Civil Veterinary Dept. North-West Frontier Province 1901-22 - 1901-1922
Year: 1901
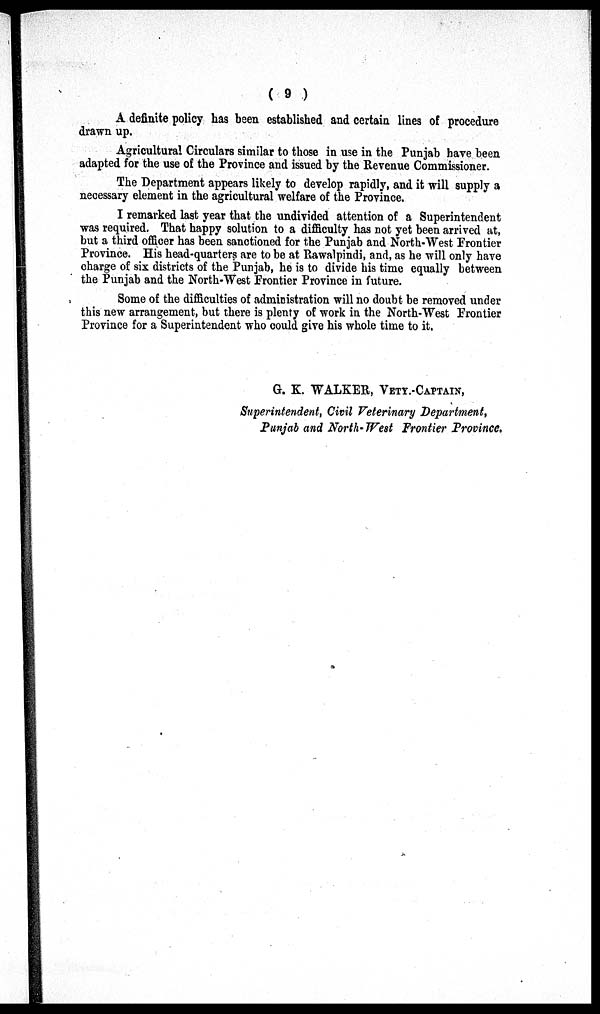
( 9 )
A definite policy has been established and certain lines of procedure
drawn up.
Agricultural Circulars similar to those in use in the Punjab have been
adapted for the use of the Province and issued by the Revenue Commissioner.
The Department appears likely to develop rapidly, and it will supply a
necessary element in the agricultural welfare of the Province.
I remarked last year that the undivided attention of a Superintendent
was required. That happy solution to a difficulty has not yet been arrived at,
but a third officer has been sanctioned for the Punjab and North-West Frontier
Province. His head-quarters are to be at Rawalpindi, and, as he will only have
charge of six districts of the Punjab, he is to divide his time equally between
the Punjab and the North-West Frontier Province in future.
Some of the difficulties of administration will no doubt be removed under
this new arrangement, but there is plenty of work in the North-West Frontier
Province for a Superintendent who could give his whole time to it.
G. K. WALKER, VETY.-CAPTAIN,
Superintendent, Civil Veterinary Department,
Punjab and North-West Frontier Province,